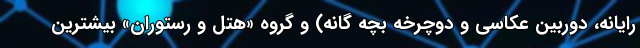
رایانه، دوربین عکاسی و دوچرخه بچه گانه) و گروه «هتل و رستوران» بیشترین